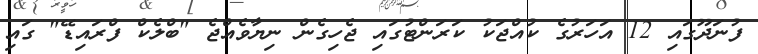
ފުނަދޫގައި 12 އަހަރުގެ ކުއްޖަކު ކަރަންޓުގައި ޖެހިގެން ނިޔާވެއްޖެ "ބްލެކް ފްރައިޑޭ" ގައި